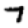
Digit: 7